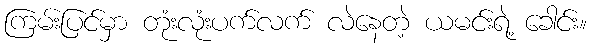
ကြမ်းပြင်မှာ တုံးလုံးပက်လက် လဲနေတဲ့ ယမင်းရဲ့ ခေါင်း။